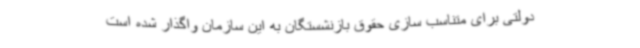
دولتی برای متناسب سازی حقوق بازنشستگان به این سازمان واگذار شده است